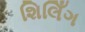
શિલિઁગ